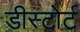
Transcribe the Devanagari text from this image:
डीस्टोर्ट